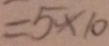
= 5 \times 1 0